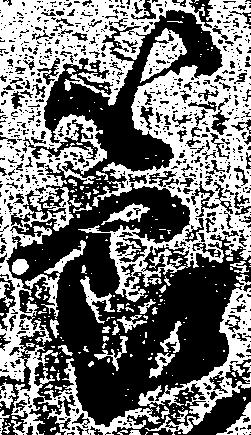
節